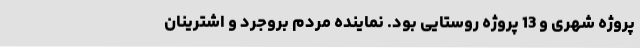
پروژه شهری و 13 پروژه روستایی بود. نماینده مردم بروجرد و اشترینان